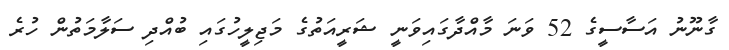
ގާނޫނު އަސާސީގެ 52 ވަނަ މާއްދާގައިވަނީ ޝަރީއަތުގެ މަޖިލީހުގައި ބުއްދި ސަލާމަތުން ހުރެ